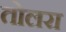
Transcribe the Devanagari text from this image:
तोलरा